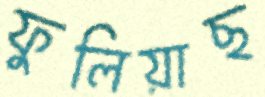
ফুলিয়াছ